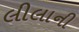
લીલાની